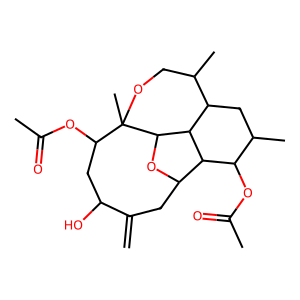
SMILES: C=C1CC2OC3C4C(CC(C)C(OC(C)=O)C24)C(C)COC3(C)C(OC(C)=O)CC1O
Inhibits HIV replication: No